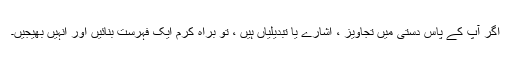
اگر آپ کے پاس دستی میں تجاویز ، اشارے یا تبدیلیاں ہیں ، تو براہ کرم ایک فہرست بنائیں اور انہیں بھیجیں۔